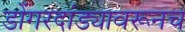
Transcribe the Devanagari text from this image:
डोंगरदांड्यावरूनच